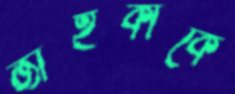
জাইকাকে